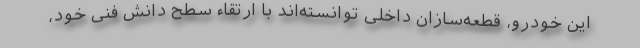
این خودرو، قطعه‌سازان داخلی توانسته‌‌اند با ارتقاء سطح دانش فنی خود،